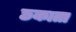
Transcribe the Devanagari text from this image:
छकाता